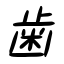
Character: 歯